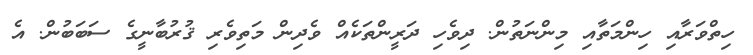
ހިތްވަރާއި ހިންމަތާއި މިންނަތުން. ދިވެހި ދަރީންތަކެއް ވެދިން މަތިވެރި ޤުރުބާނީގެ ސަބަބުން. އެ